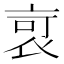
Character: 𧙃